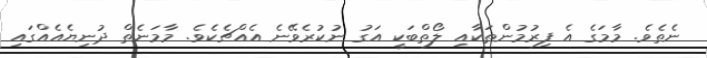
ނެތެވެ. މާމަގެ އެ ފިރުމުންތަކާއި ލޯތްބަކީ އަގު ނުކުރެވޭނެ އެއްޗެކެވެ. މާމަނެތް ދުނިޔެއެއްގައި